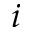
i